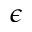
\epsilon